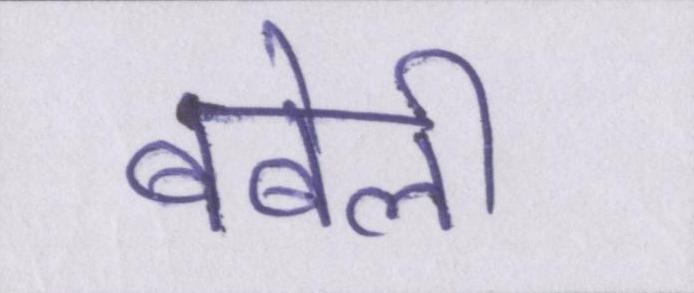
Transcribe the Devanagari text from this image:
बबेली